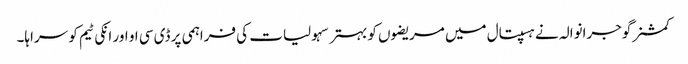
کمشنر گوجرانوالہ نے ہسپتال میں مریضوں کو بہتر سہولیات کی فراہمی پر ڈی سی او اور انکی ٹیم کو سراہا۔